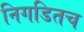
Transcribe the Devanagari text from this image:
निगडितच